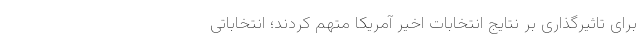
برای تاثیرگذاری بر نتایج انتخابات اخیر آمریکا متهم کردند؛ انتخاباتی